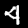
Label: 4